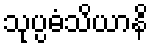
သုပ္ပဓံသိယာနိ